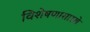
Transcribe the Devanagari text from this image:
विशेषणासारखे